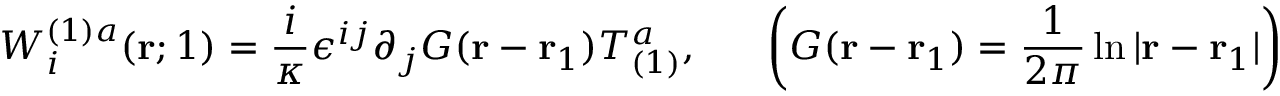
W _ { i } ^ { ( 1 ) a } ( { \bf r } ; 1 ) = \frac { i } { \kappa } \epsilon ^ { i j } \partial _ { j } G ( { \bf r } - { \bf r } _ { 1 } ) T _ { ( 1 ) } ^ { a } , ~ ~ ~ ~ ~ \left( G ( { \bf r } - { \bf r } _ { 1 } ) = \frac { 1 } { 2 \pi } \ln | { \bf r } - { \bf r } _ { 1 } | \right)